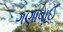
ગણાવાઈ